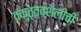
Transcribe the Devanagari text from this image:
वक्तृत्वशैलीची